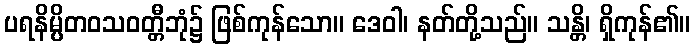
ပရနိမ္ပိတဝသဝတ္တီဘုံ၌ ဖြစ်ကုန်သော။ ဒေဝါ၊ နတ်တို့သည်။ သန္တိ၊ ရှိကုန်၏။